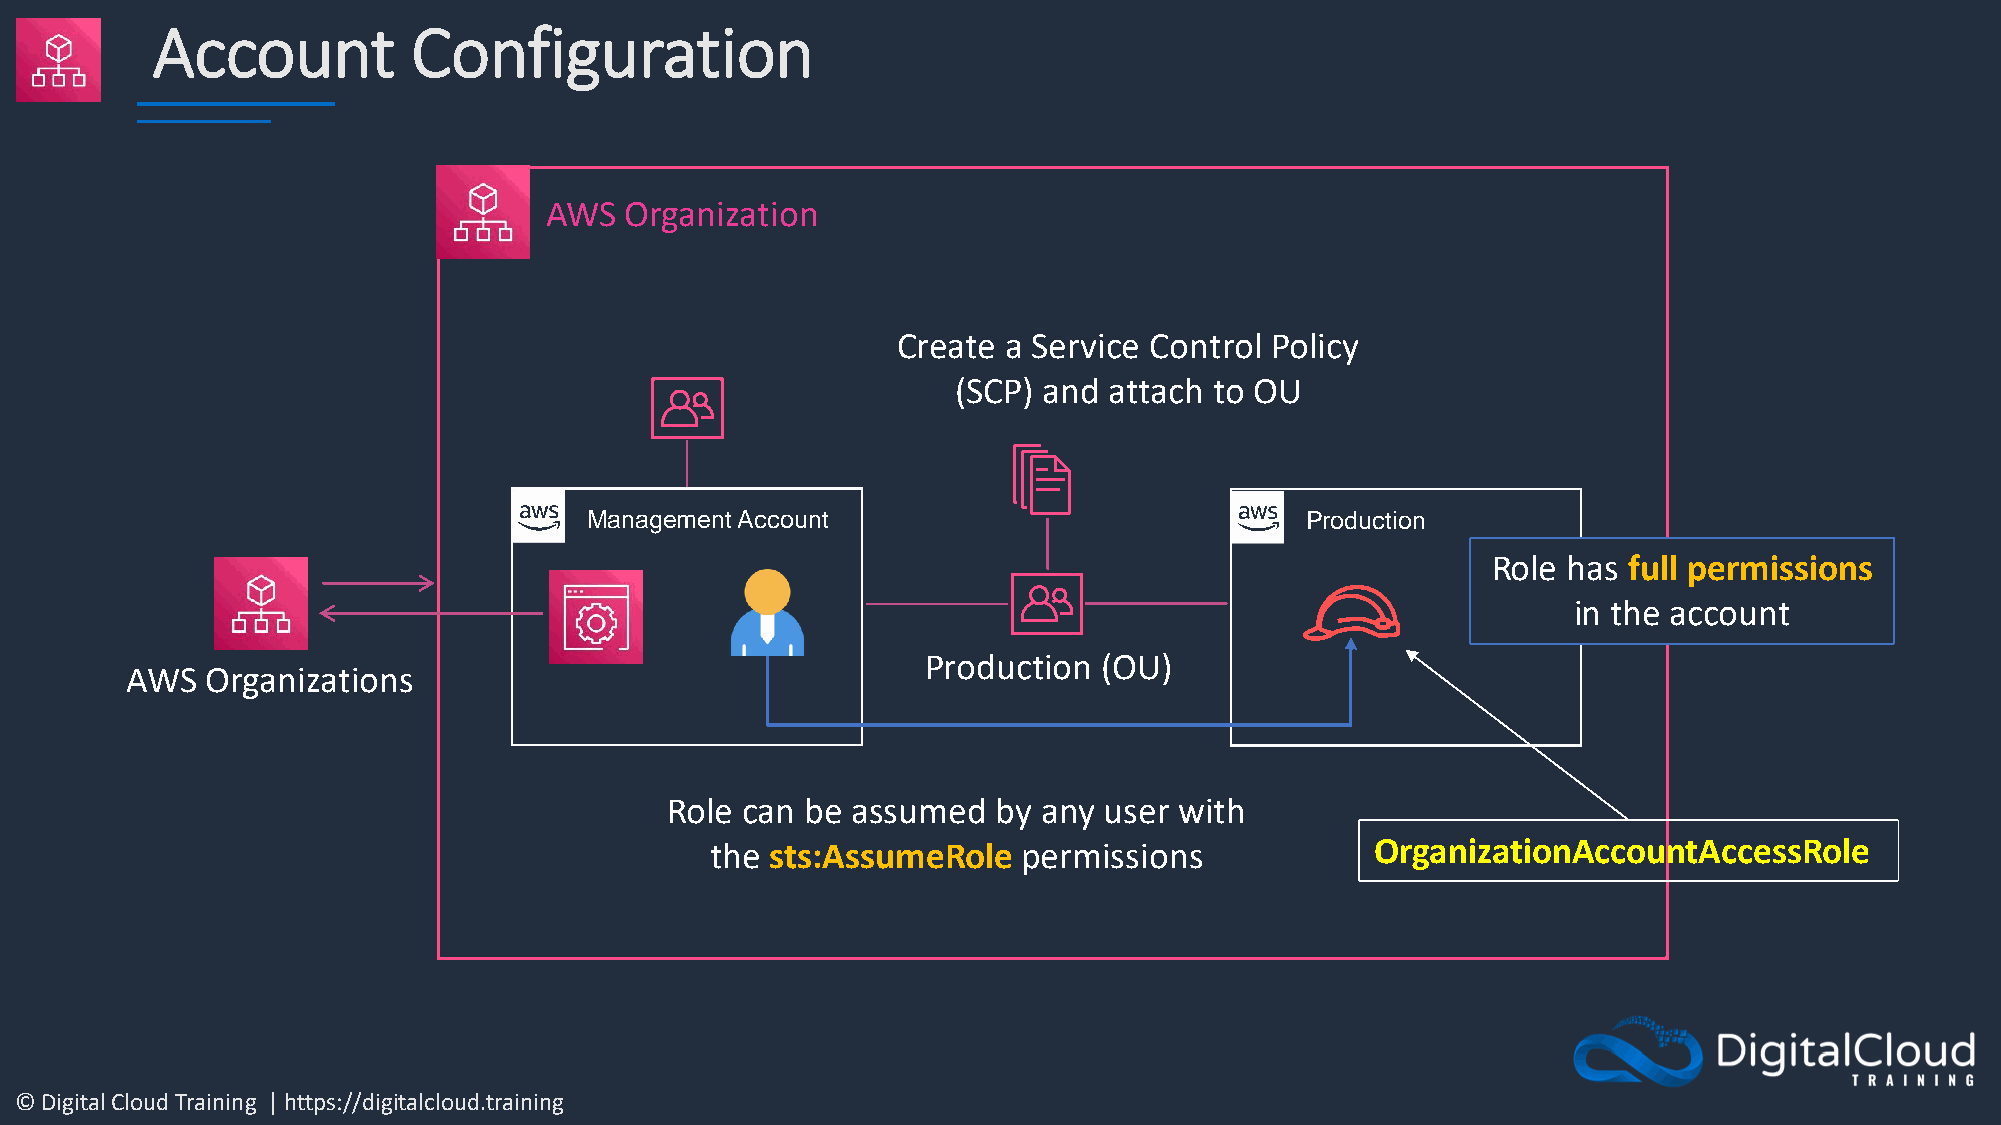
Account          Configuration
 AWS  Organization
 Create  a Service Control Policy
 (SCP) and attach to OU
 Management Account                             Production
 Role has full permissions
 in the account
 Production  (OU)
 AWS   Organizations
 Role can be assumed   by any user with
 the sts:AssumeRole   permissions            OrganizationAccountAccessRole
 © Digital Cloud Training | https://digitalcloud.training